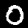
Label: 0